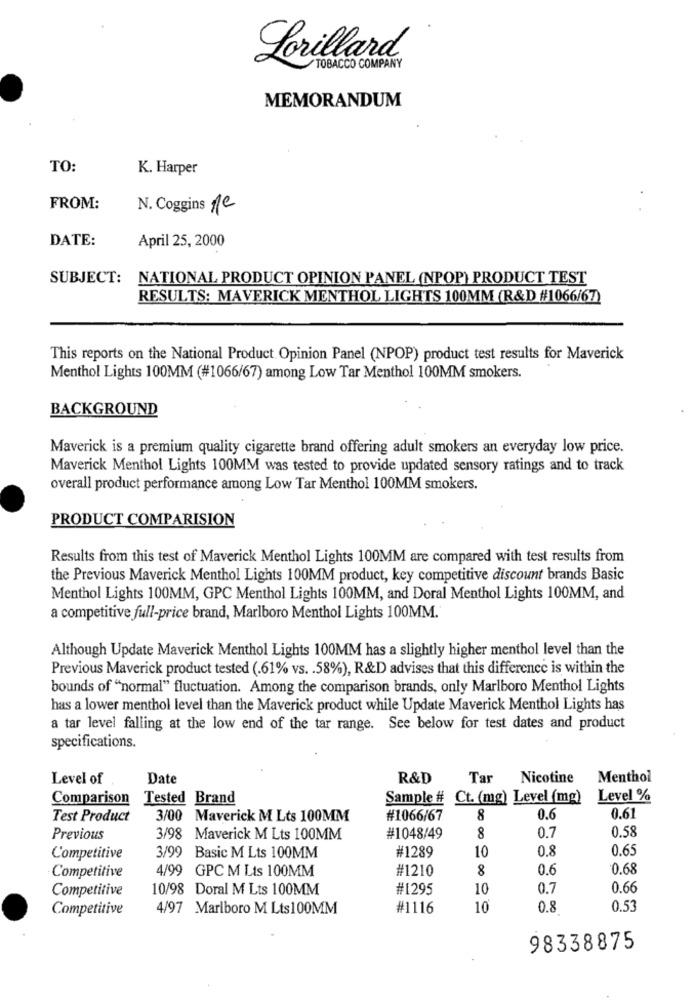
Lorillard
TOBACCO COMPANY
MEMORANDUM
TO:
K. Harper
FROM:
N. Coggins 1e
DATE:
April 25, 2000
SUBJECT:
NATIONAL PRODUCT OPINION PANEL (NPOP) PRODUCT TEST
RESULTS: MAVERICK MENTHOL LIGHTS 100MM (R&D #1066/67)
This reports on the National Product Opinion Panel (NPOP) product test results for Maverick
Menthol Lights 100MM (#1066/67) among Low Tar Menthol 100MM smokers.
BACKGROUND
Maverick is a premium quality cigarette brand offering adult smokers an everyday low price.
Maverick Menthol Lights 100MM was tested to provide updated sensory ratings and to track
overall product performance among Low Tar Menthol 100MM smokers.
PRODUCT COMPARISION
Results from this test of Maverick Menthol Lights 100MM are compared with test results from
the Previous Maverick Menthol Lights 100MM product, key competitive discount brands Basic
Menthol Lights 100MM, GPC Menthol Lights 100MM, and Doral Menthol Lights 100MM, and
a competitive full-price brand, Marlboro Menthol Lights 100MM.
Although Update Maverick Menthol Lights 100MM has a slightly higher menthol level than the
Previous Maverick product tested (.61% vs. . 58%), R&D advises that this difference is within the
bounds of "normal" fluctuation. Among the comparison brands, only Marlboro Menthol Lights
has a lower menthol level than the Maverick product while Update Maverick Menthol Lights has
a tar level falling at the low end of the tar range. See below for test dates and product
specifications.
Level of
Date
R&D
Tar
Nicotine
Menthol
Comparison
Tested Brand
Sample # Ct. (mg) Level (mg)
Level %
Test Product
3/00 Maverick M Lts 100MM
#1066/67
8
0.6
0.61
0.58
Previous
3/98 Maverick M Lts 100MM
#1048/49
8
0.7
0.8
0.65
Competitive
3/99 Basic M Lts 100MM
#1289
10
Competitive
4/99 GPC M Lis 100MM
#1210
8
0.6
0.68
Competitive
10/98 Doral M Lts 100MM
#1295
10
0.7
0.66
Competitive
4/97 Marlboro M Lts100MM
#1116
10
0.8
0.53
98338875